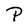
Character: P